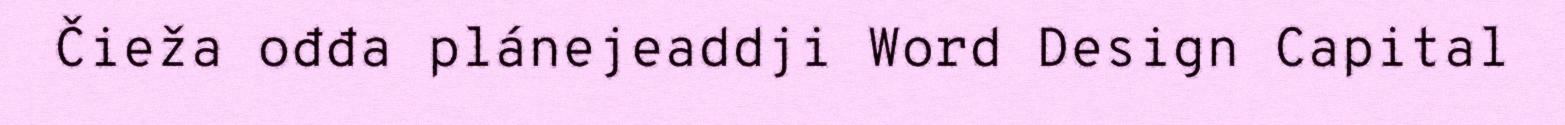
Čieža ođđa plánejeaddji Word Design Capital